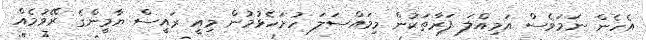
އެހެން ނަމަވެސް އަމިއްލަ ފަރާތަކުން މިމައްސަލަ ހުށަހެޅުމުން މިއީ ރައީސް ޔާމީންގެ ރޭވުމެއް